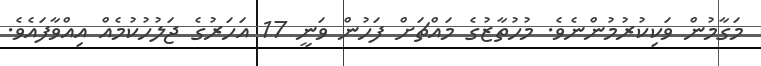
މަގާމުން ވަކިކުރުމުންނެވެ. މުހުތާޒުގެ މައްޗަށް ފަހުން ވަނީ 17 އަހަރުގެ ޖަލުހުކުމެއް އިއްވާފައެވެ.